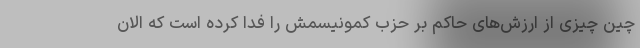
چین چیزی از ارزش‌های حاکم بر حزب کمونیسمش را فدا کرده است که الان